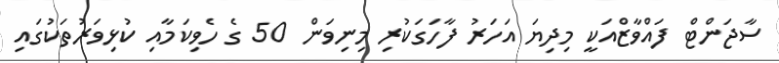
ސާޖަންޓް ފައްވާޒްއަކީ މިދިޔަ އަހަރު ފާހަގަކުރި މިނިވަން 50 ގެ ހެވިކަމާއި ކުޅިވަރުތަކުގައި